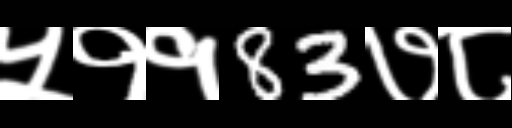
Text: ५११83७८